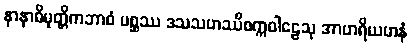
နာနာဓိမုတ္တိကဘာဝံ မစ္ဆဿ ဒသသဟဿိစက္ကဝါဠေသု အာဟရိယမာနံ